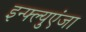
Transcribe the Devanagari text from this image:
इन्फ्ल्युएंजा